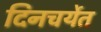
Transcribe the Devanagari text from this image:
दिनचर्येत